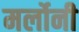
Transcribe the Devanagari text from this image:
मर्लोनी